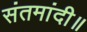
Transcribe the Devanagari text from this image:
संतमांदी॥